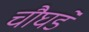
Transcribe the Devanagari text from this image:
चौघडे